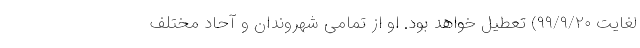
لغایت ۹۹/۹/۲۰) تعطیل خواهد بود. او از تمامی شهروندان و آحاد مختلف